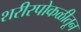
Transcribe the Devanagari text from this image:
शरीरपोकळीतून